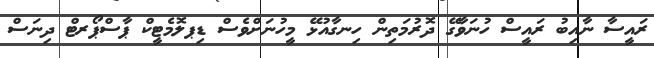
ރައީސާ ނާއިބު ރައީސް ހުނަވާގޭ ދޮރުމަތިން ހިނގާއުޅޭ މީހުނަށްވެސް ޑިޕލޮމެޓީކް ޕާސްޕޯރޓް ދިނަސް